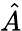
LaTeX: \hat{A}